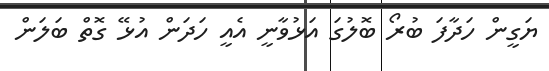
ޔަގީން ހަދާފަ ބުރޯ ބޮލުގަ އަޅުވާނީ އެއީ ހަދަން އުޅޭ ގޮތް ބަލަން